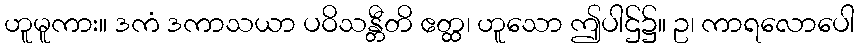
ဟူမူကား။ ဒကံ ဒကာသယာ ပဝိသန္တီတိ ဧတ္ထ၊ ဟူသော ဤပါဌ်၌။ ဥ၊ ကာရလောပေါ